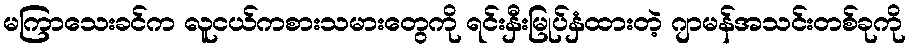
မကြာသေးခင်က လူငယ်ကစားသမားတွေကို ရင်းနှီးမြုပ်နှံထားတဲ့ ဂျာမန်အသင်းတစ်ခုကို